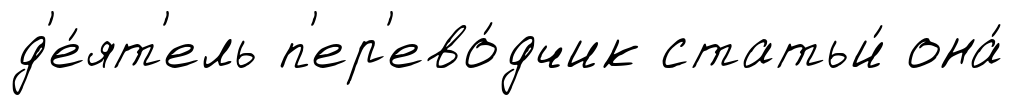
д'е́ят'ель п'ер'ево́дчик статьи́ она́